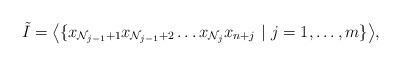
LaTeX: \begin{align*}\Tilde{I}= \big< \{ x_{\mathcal{N}_{j-1}+1} x_{\mathcal{N}_{j-1}+2} \dots x_{\mathcal{N}_j} x_{n+j} ~|~ j=1, \dots, m \}\big>,\end{align*}